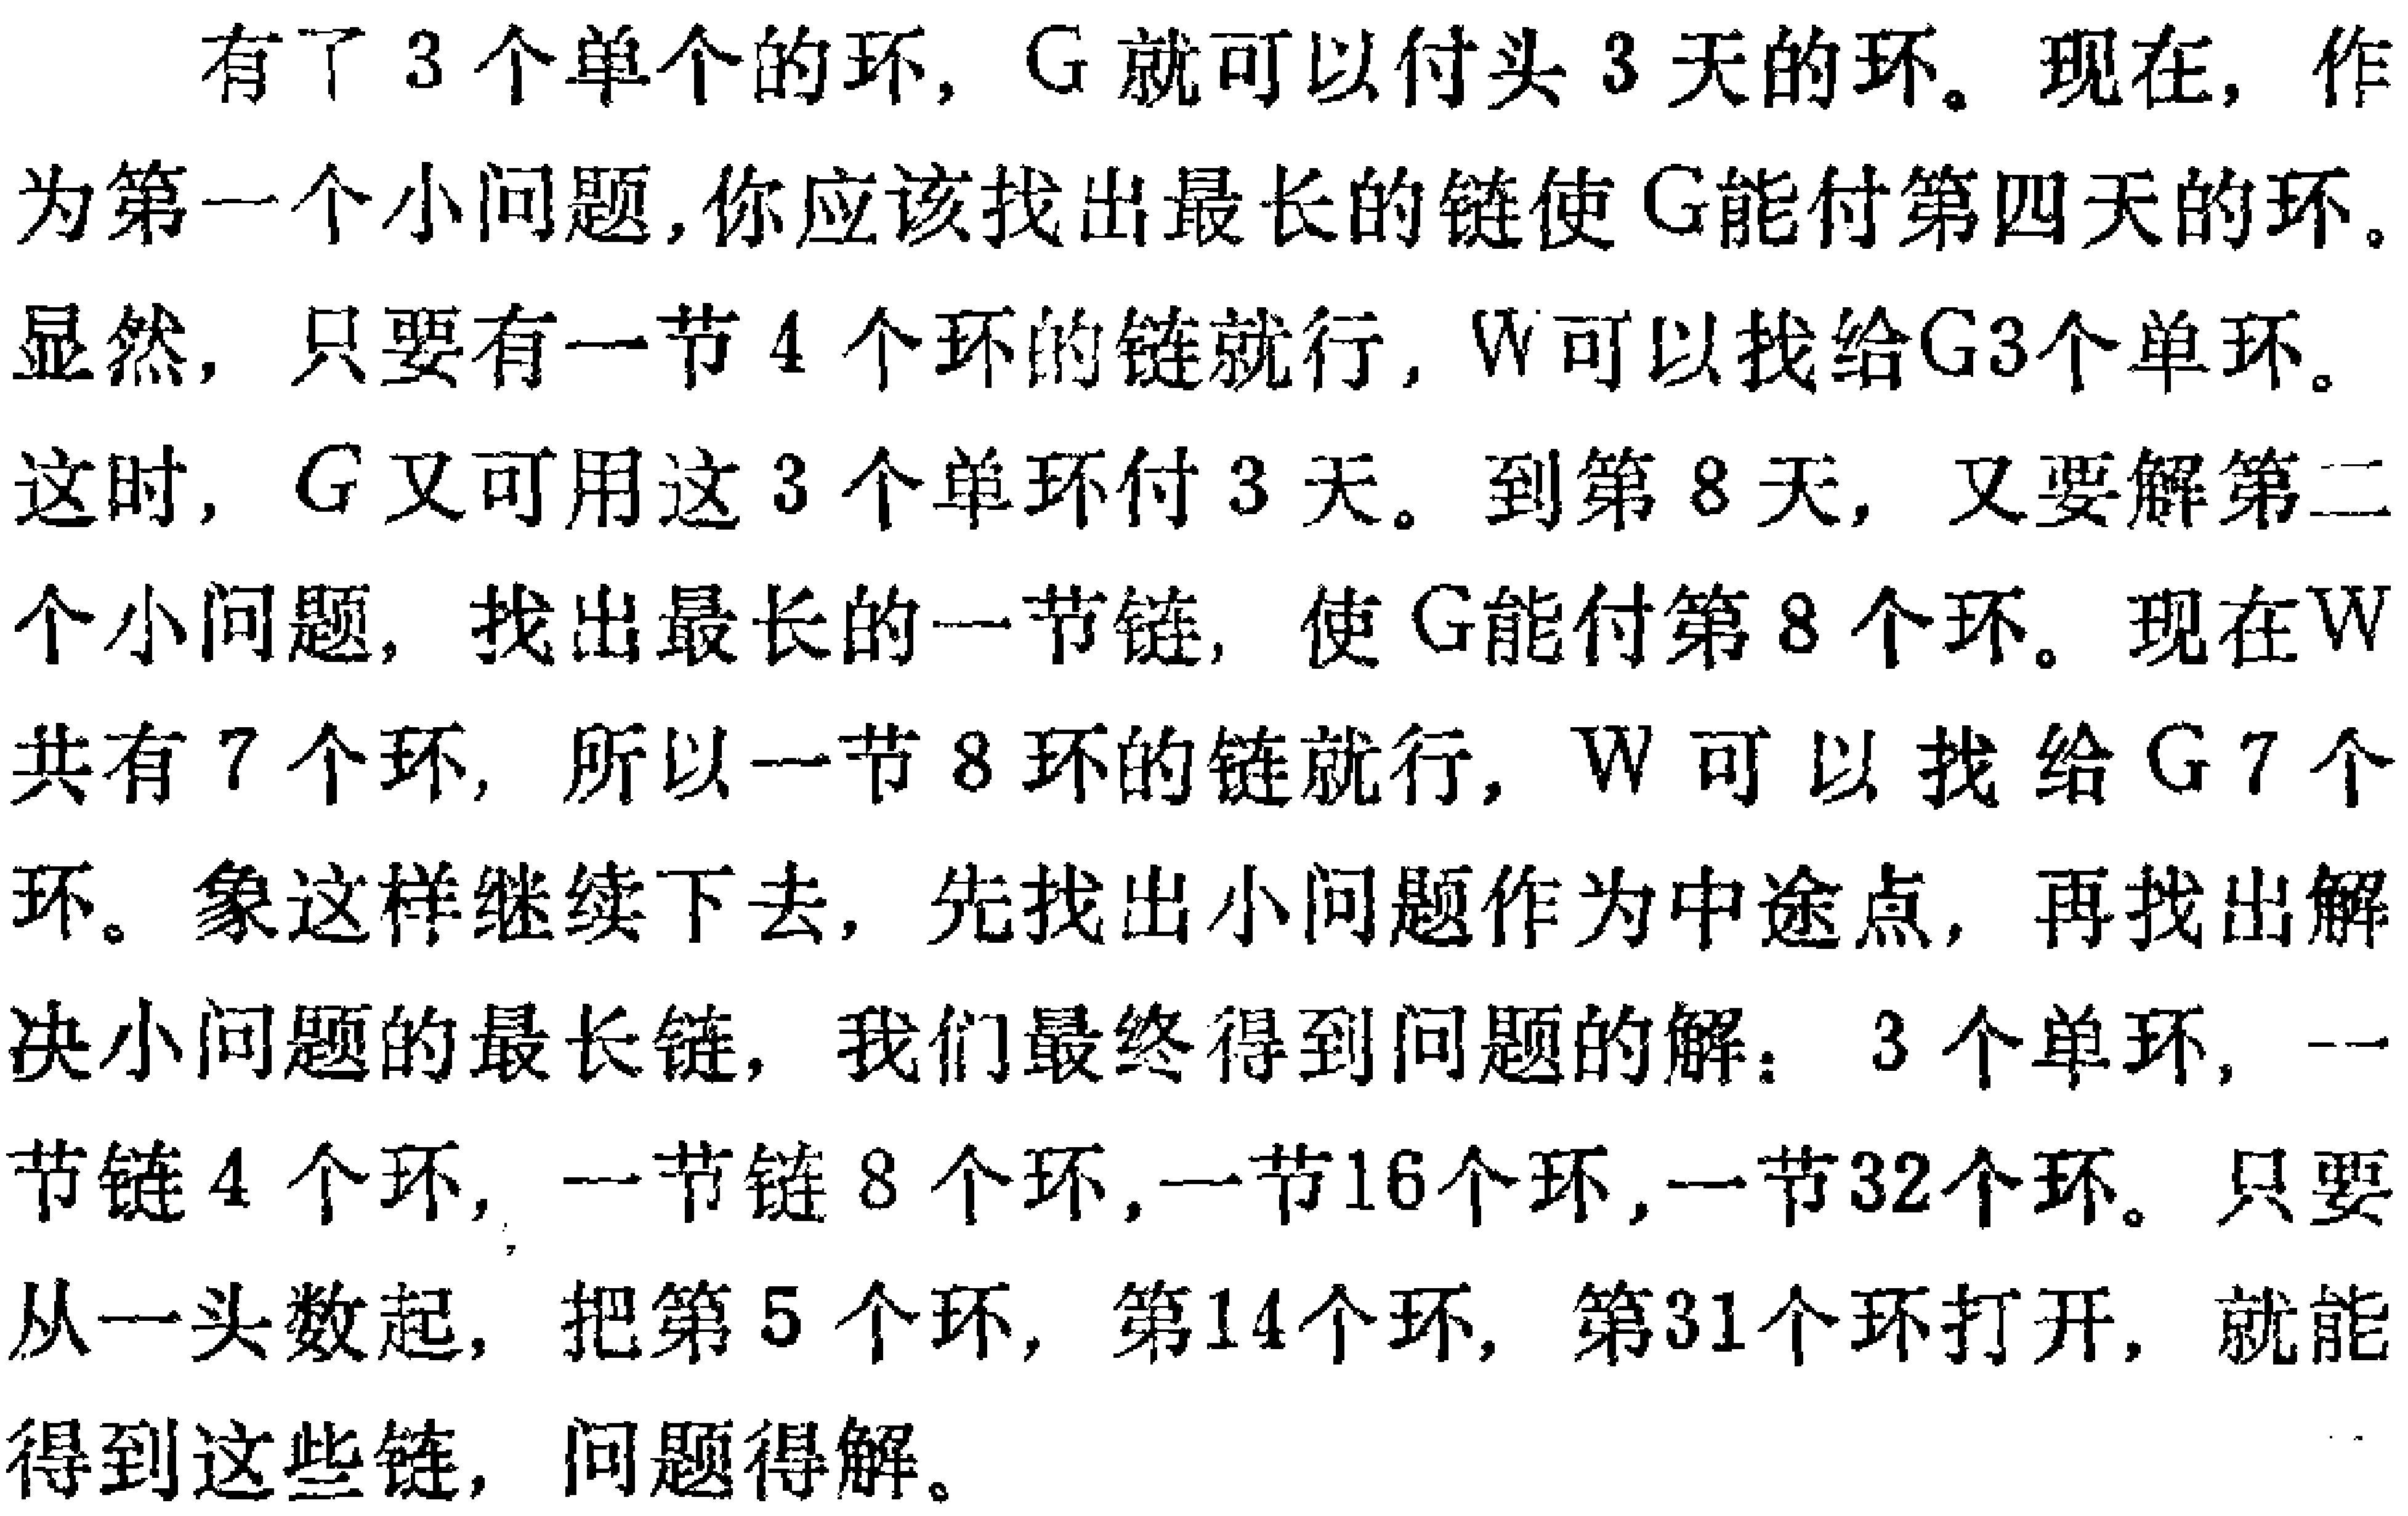
有了 3 个单个的环，$G$就可以付头 3 天的环。现在，作
为第一个小问题，你应该找出最长的链使$G$能付第四天的环。
显然，只要有一节 4 个环的链就行，$W$可以找给$G$3 个单环。
这时，$G$又可用这 3 个单环付 3 天。到第 8 天，又要解第二
个小问题，找出最长的一节链，使$G$能付第 8 个环。现在$W$
共有 7 个环，所以一节 8 环的链就行，$W$可以找给$G$7 个
环。象这样继续下去，先找出小问题作为中途点，再找出解
决小问题的最长链，我们最终得到问题的解：3 个单环，一
节链 4 个环， 一节链 8 个环，一节16个环，一节32个环。只要
从一头数起，把第 5 个环，第14个环， 第31个环打开，就能
得到这些链，问题得解。